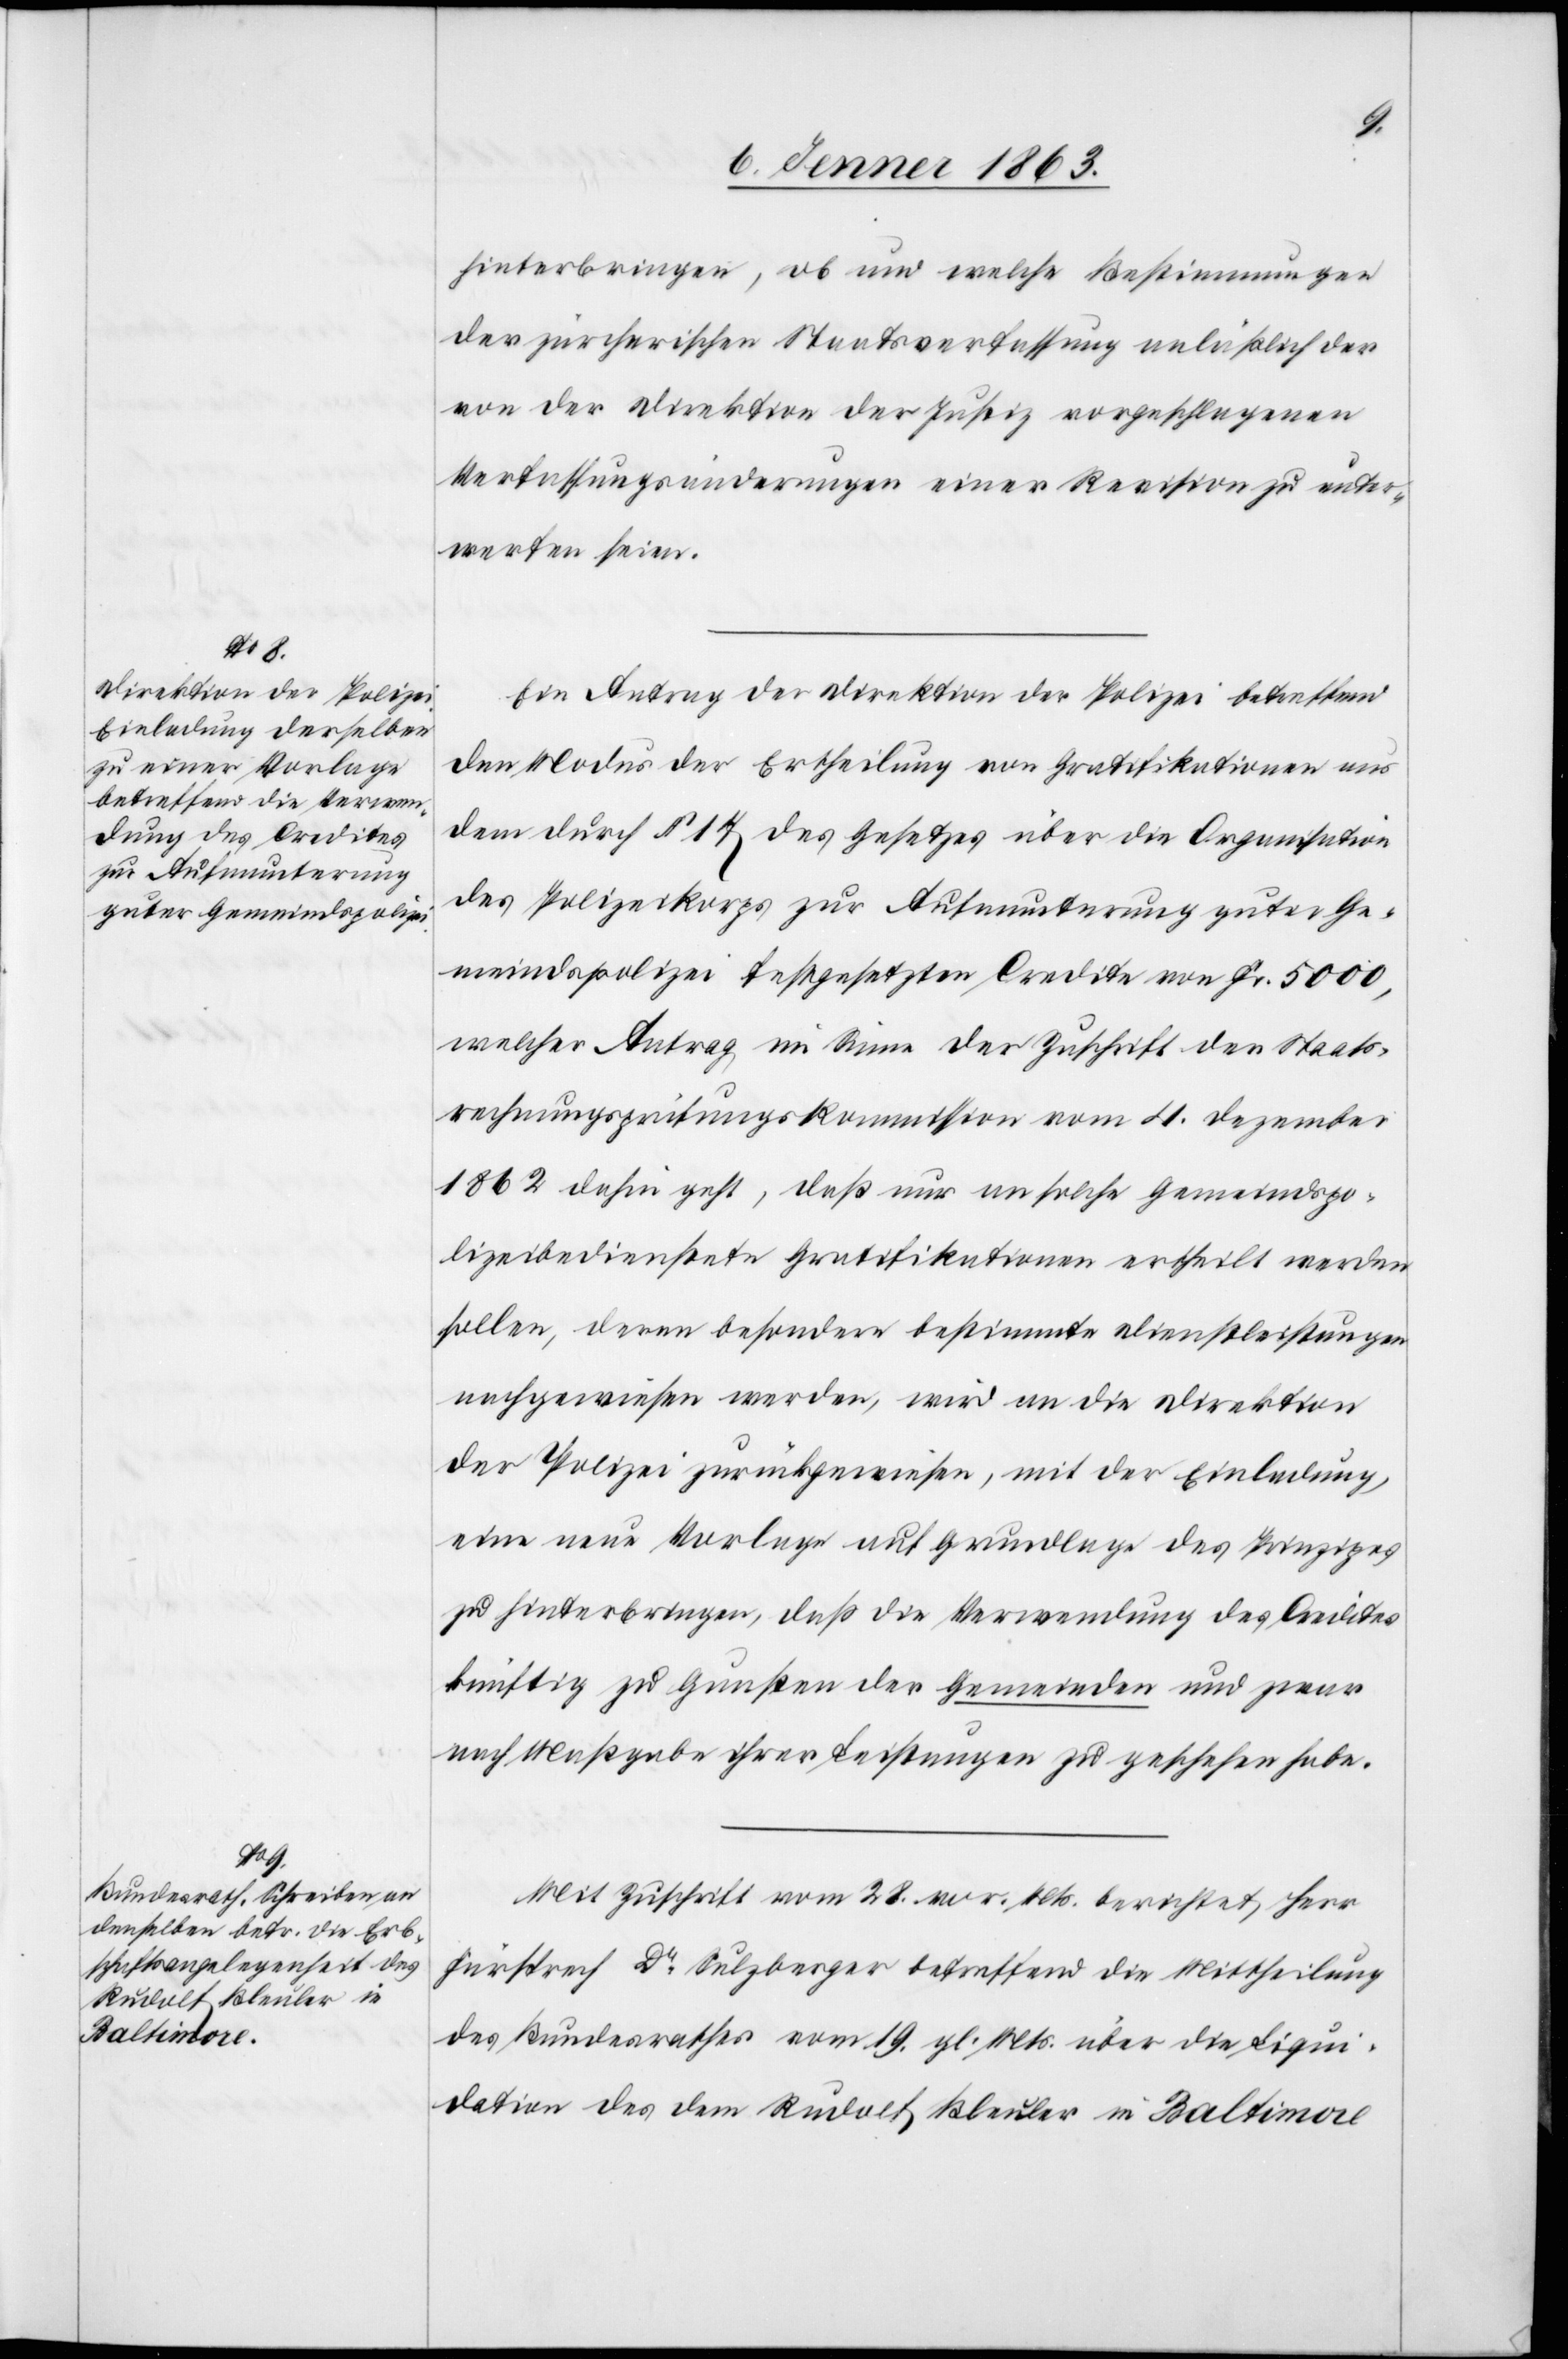
hinterbringen, ob und welche Bestimmungen
der zürcherischen Staatsverfassung anläßlich der
von der Direktion der Justiz vorgeschlagenen
Verfassungsänderungen einer Revision zu unter¬
werfen seien.
Ein Antrag der Direktion der Polizei betreffend
den Modus der Ertheilung von Gratifikationen aus
dem durch § 17 des Gesetzes über die Organisation
des Polizeikorps zur Aufmunterung guter Ge¬
meindspolizei festgesetzten Credite von Fr. 5000,
welcher Antrag im Sinne der Zuschrift der Staats¬
rechnungsprüfungskommission vom 4. Dezember
1862 dahin geht, daß nur an solche Gemeindspo¬
lizeibedienstete Gratifikationen ertheilt werden
sollen, deren besondere bestimmte Dienstleistungen
nachgewiesen werden, wird an die Direktion
der Polizei zurückgewiesen, mit der Einladung,
eine neue Vorlage auf Grundlage des Prinzipes
zu hinterbringen, daß die Verwendung des Credites
künftig zu Gunsten der Gemeinden und zwar
nach Maßgabe ihrer Leistungen zu geschehen habe.
Mit Zuschrift vom 28. vor. Mts. berichtet Herr
Fürsprech Dr Sulzberger betreffend die Mittheilung
des Bundesrathes vom 19. gl. Mts. über die Liqui¬
dation des dem Rudolf Bleuler in Baltimore